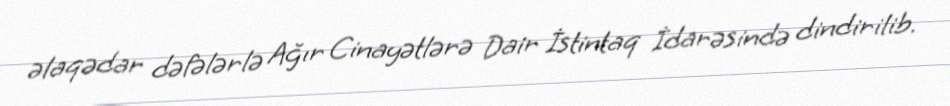
əlaqədar dəfələrlə Ağır Cinayətlərə Dair İstintaq İdarəsində dindirilib.